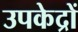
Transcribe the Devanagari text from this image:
उपकेद्रों